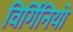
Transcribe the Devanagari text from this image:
विर्गिनियो